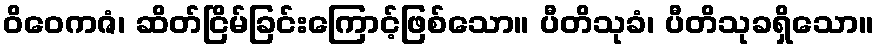
ဝိဝေကဇံ၊ ဆိတ်ငြိမ်ခြင်းကြောင့်ဖြစ်သော။ ပီတိသုခံ၊ ပီတိသုခရှိသော။